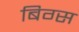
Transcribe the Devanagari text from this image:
बिग्स